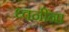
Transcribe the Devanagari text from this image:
ध्वनींना